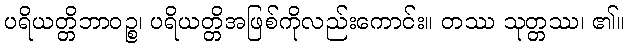
ပရိယတ္တိဘာဝဉ္စ၊ ပရိယတ္တိအဖြစ်ကိုလည်းကောင်း။ တဿ သုတ္တဿ၊ ၏။